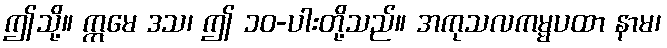
ဤသို့။ ဣမေ ဒသ၊ ဤ ၁၀-ပါးတို့သည်။ အကုသလကမ္မပထာ နာမ၊